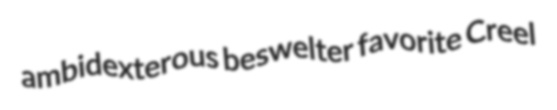
ambidexterous beswelter favorite Creel